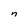
Character: n